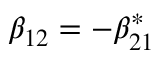
\beta _ { 1 2 } = - \beta _ { 2 1 } ^ { * }